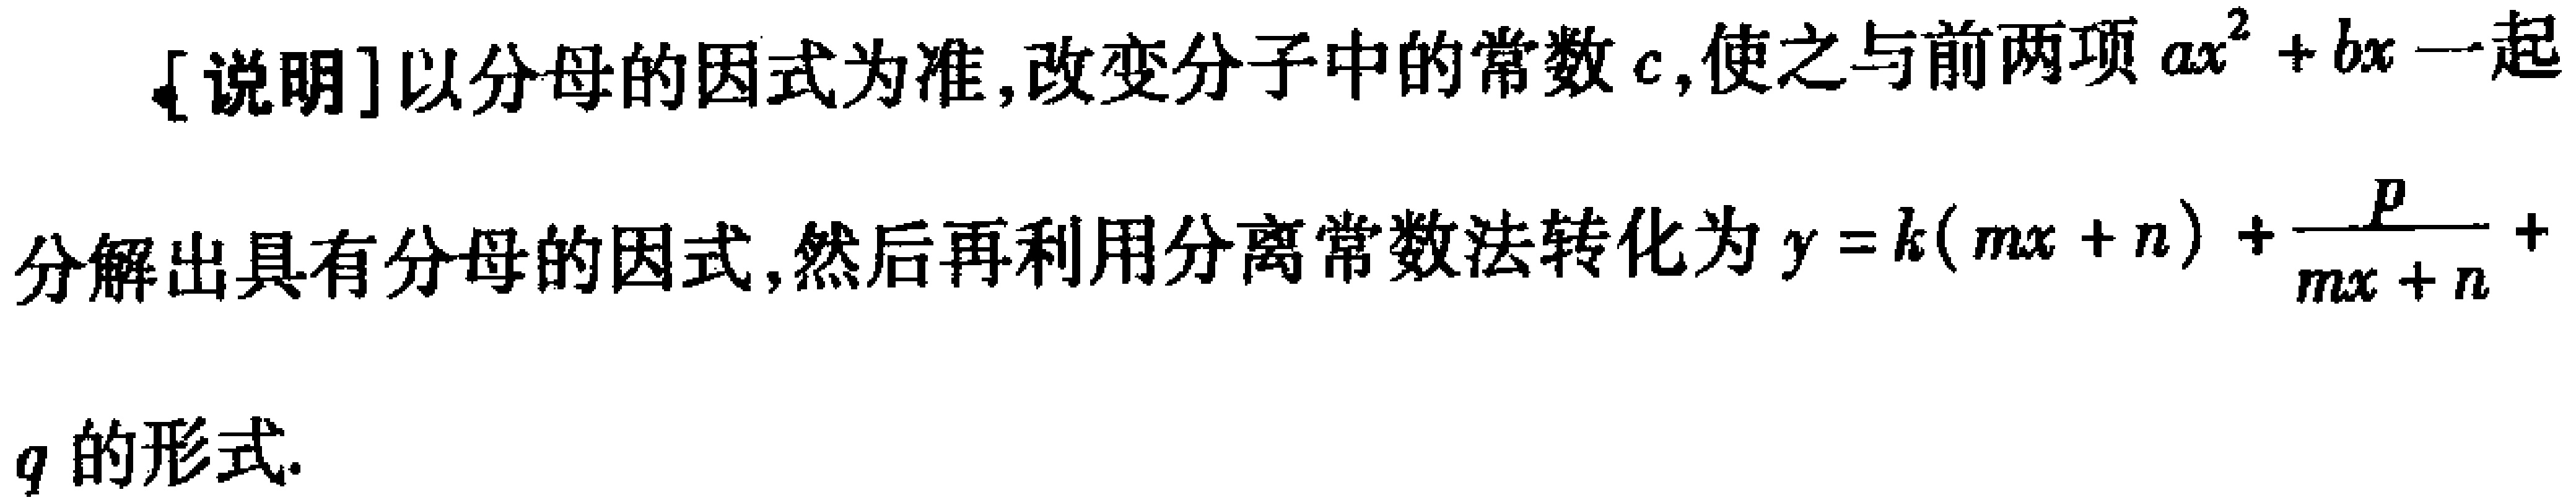
[说明]以分母的因式为准,改变分子中的常数\(c\),使之与前两项\(ax^{2}+bx\)一起分解出具有分母的因式,然后再利用分离常数法转化为\(y = k(mx + n)+\frac{p}{mx + n}+q\)的形式.